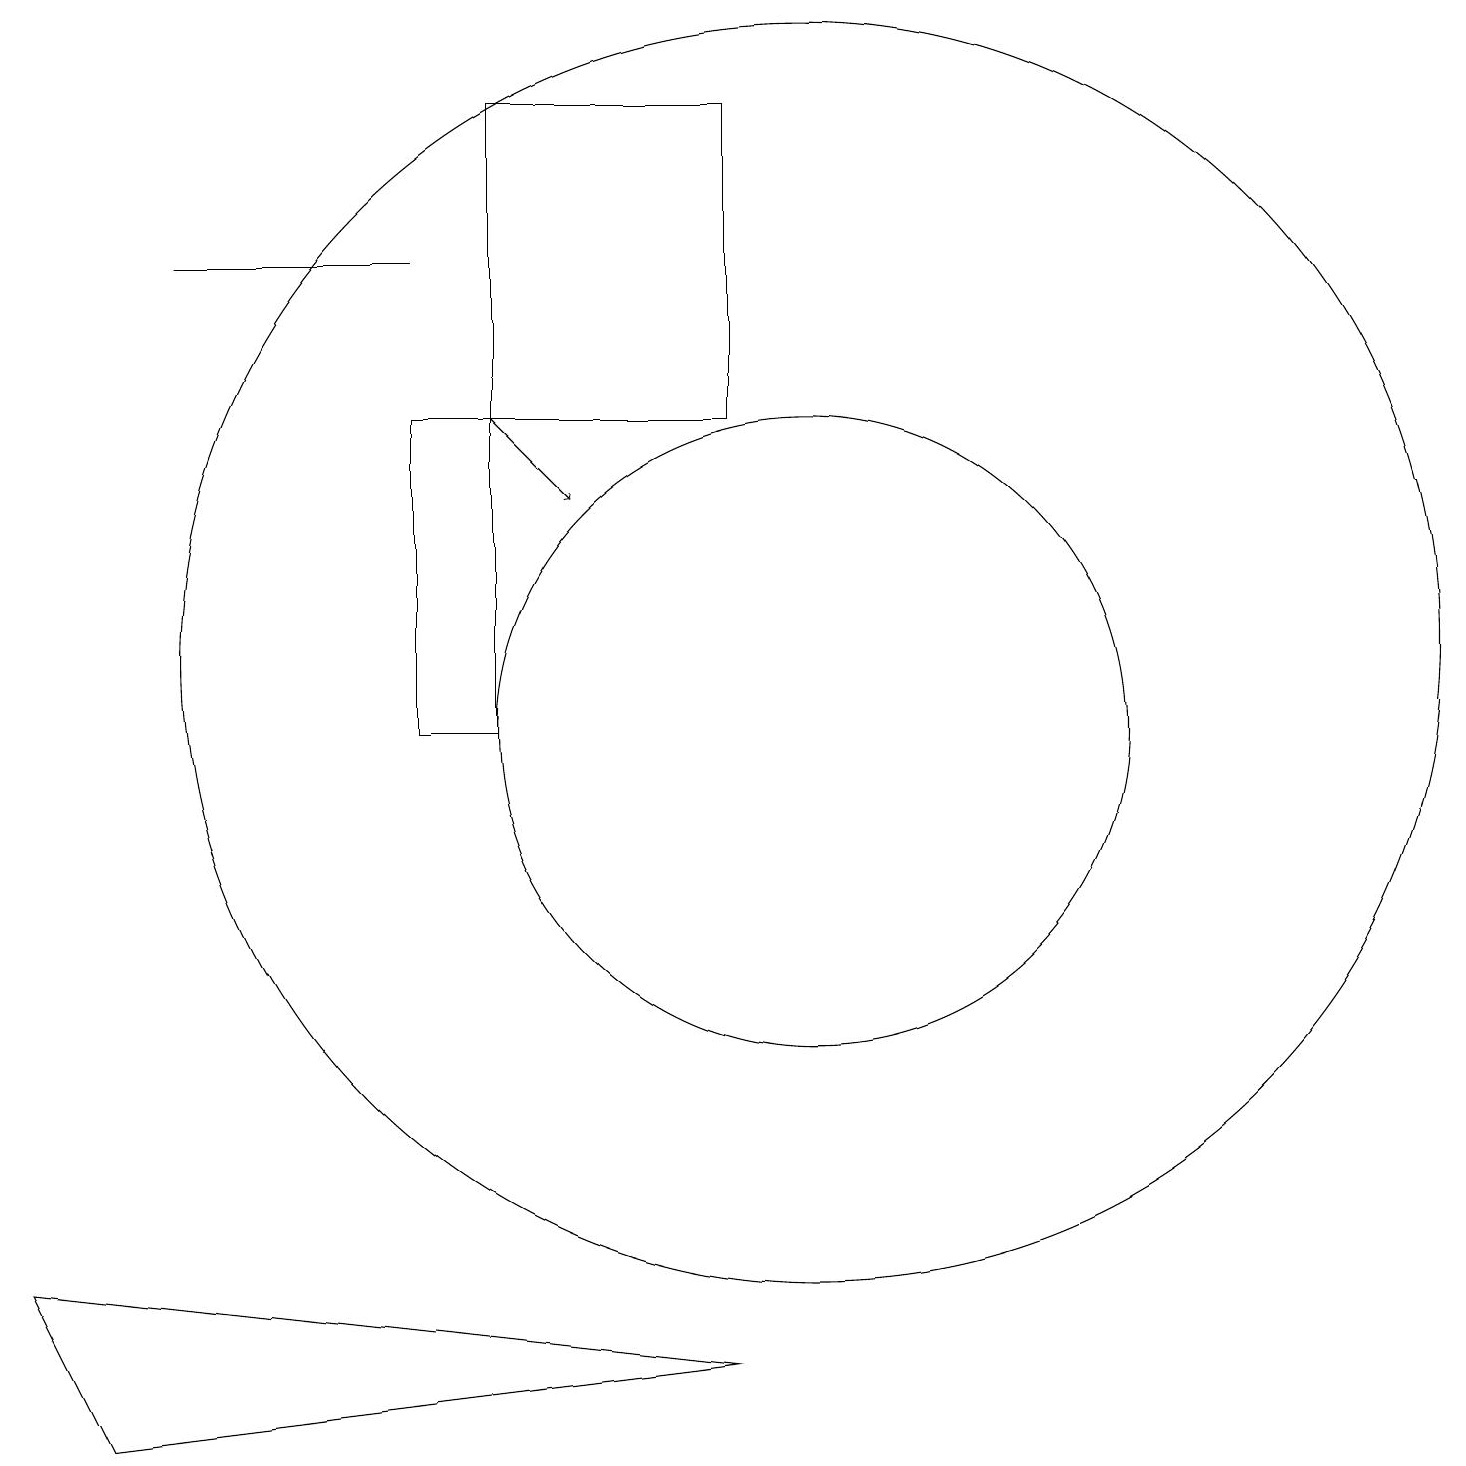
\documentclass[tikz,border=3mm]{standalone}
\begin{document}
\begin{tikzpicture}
\draw[->] (6,15) -- (7,14);
\draw (10,12) circle (8);
\draw (1,2) -- (9,3) -- (0,4) -- cycle;
\draw (6,15) rectangle (5,11);
\draw (9,15) rectangle (6,19);
\draw (2,17) rectangle (5,17);
\draw (10,11) circle (4);
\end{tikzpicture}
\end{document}